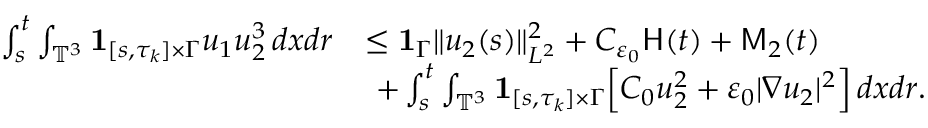
\begin{array} { r l } { \int _ { s } ^ { t } \int _ { \mathbb { T } ^ { 3 } } { { \bf 1 } } _ { [ s , \tau _ { k } ] \times \Gamma } u _ { 1 } u _ { 2 } ^ { 3 } \, d x d r } & { \leq { { \bf 1 } } _ { \Gamma } \| u _ { 2 } ( s ) \| _ { L ^ { 2 } } ^ { 2 } + C _ { \varepsilon _ { 0 } } \mathsf { H } ( t ) + \mathsf { M } _ { 2 } ( t ) } \\ & { \ + \int _ { s } ^ { t } \int _ { \mathbb { T } ^ { 3 } } { { \bf 1 } } _ { [ s , \tau _ { k } ] \times \Gamma } \Big [ C _ { 0 } u _ { 2 } ^ { 2 } + \varepsilon _ { 0 } | \nabla u _ { 2 } | ^ { 2 } \Big ] \, d x d r . } \end{array}